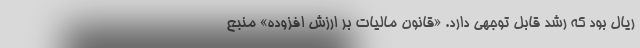
ریال بود که رشد قابل توجهی دارد. «قانون مالیات بر ارزش افزوده» منبع